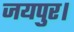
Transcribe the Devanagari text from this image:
जयपुर।